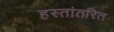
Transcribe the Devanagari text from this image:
हस्‍तांतरित